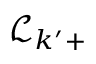
\mathcal { L } _ { k ^ { \prime } + }